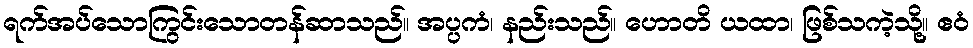
ရက်အပ်သောကြွင်းသောတန်ဆာသည်။ အပ္ပကံ၊ နည်းသည်။ ဟောတိ ယထာ၊ ဖြစ်သကဲ့သို့။ ဧဝံ